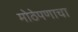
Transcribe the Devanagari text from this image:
मोठेपणाचा